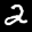
Label: 2